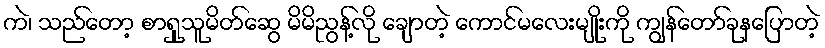
ကဲ၊ သည်တော့ စာရှုသူမိတ်ဆွေ မိမိညွန့်လို ချောတဲ့ ကောင်မလေးမျိုးကို ကျွန်တော်ခုနပြောတဲ့